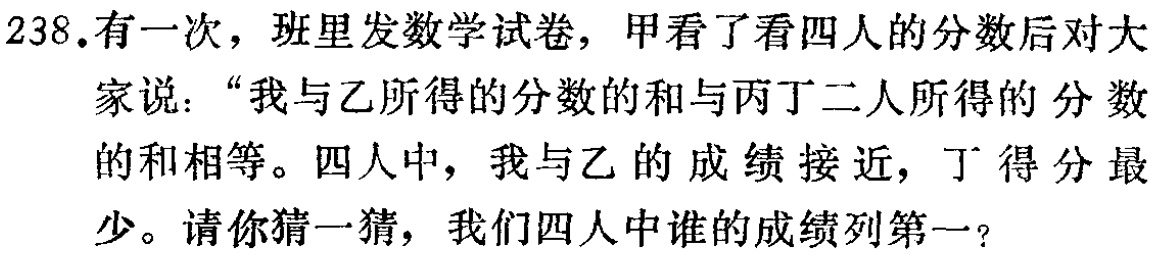
238.有一次，班里发数学试卷，甲看了看四人的分数后对大家说：“我与乙所得的分数的和与丙丁二人所得的 分数的和相等。四人中，我与乙的成绩接近，丁得分最少。请你猜一猜，我们四人中谁的成绩列第一？